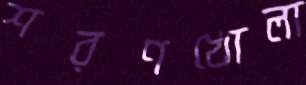
শরণখোলা